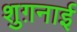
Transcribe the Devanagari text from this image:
शुग़नाई